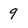
Character: 9